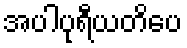
အပါပုရီယတိပေ